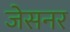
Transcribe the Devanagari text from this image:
जेसनर